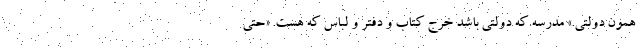
همون دولتی.» مدرسه که دولتی باشد خرج کتاب و دفتر و لباس که هست. «حتی